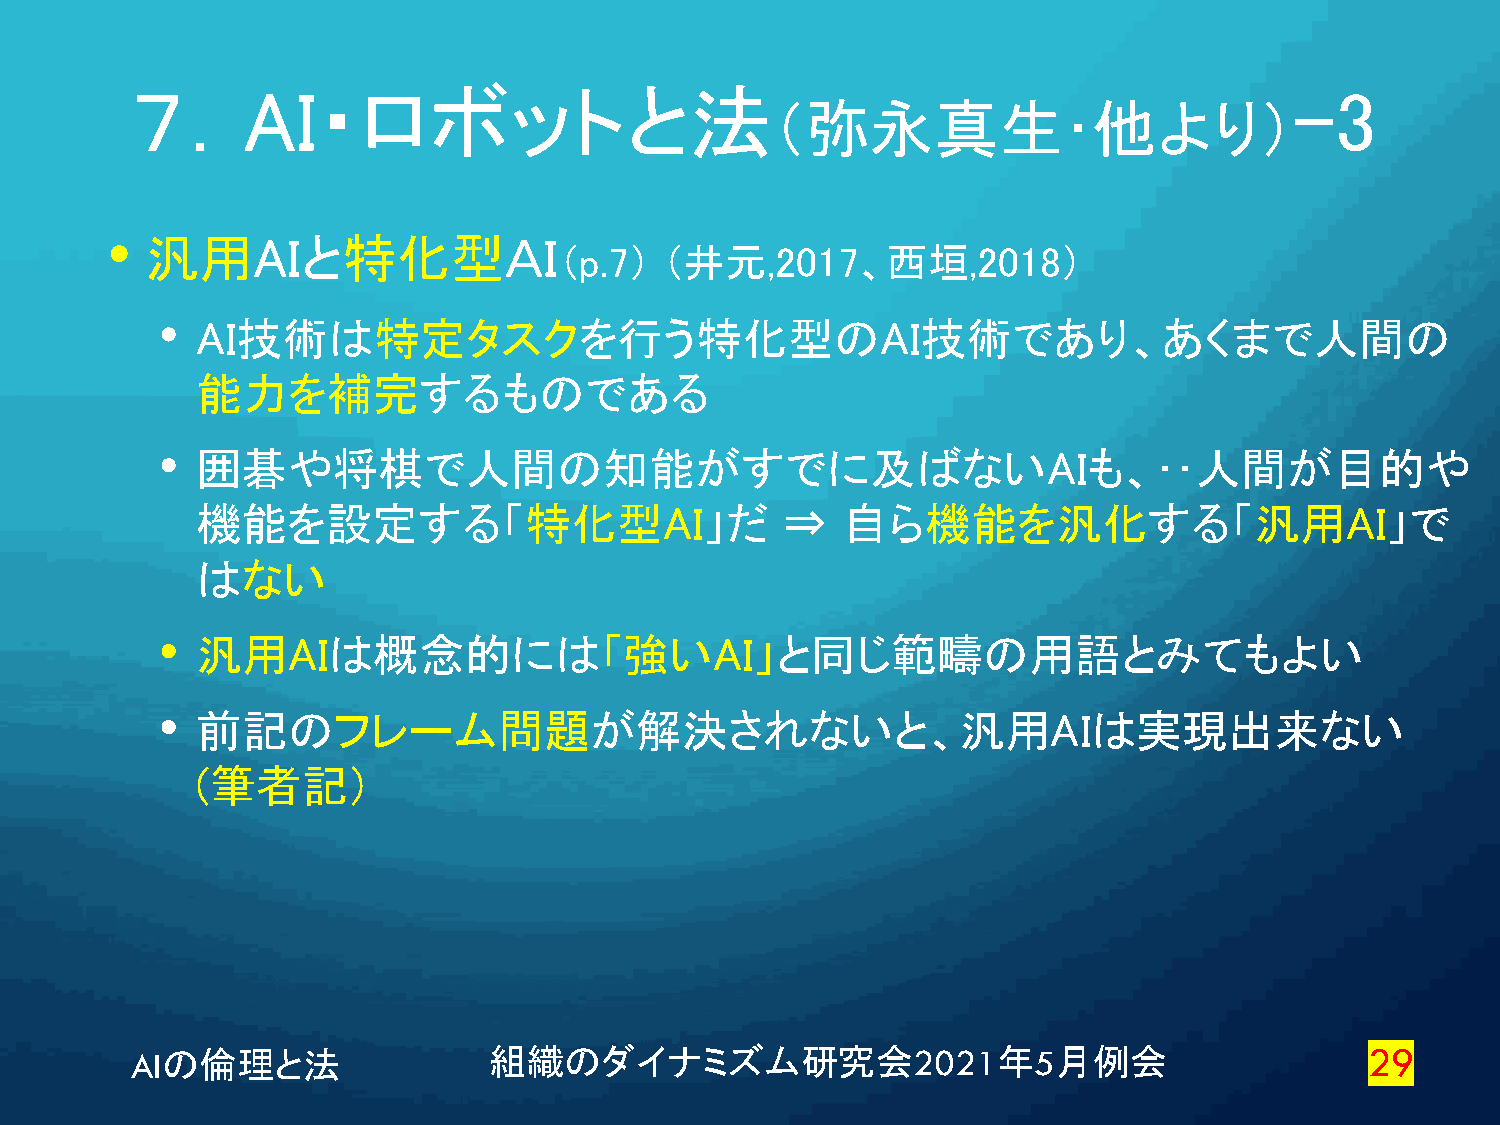
７．AI・ロボットと法                                                                  -3
 （弥永真生･他より）
 •
 汎用AIと特化型ＡＩ
 （p.7）  （井元,2017、西垣,2018）
 •  AI技術は特定タスクを行う特化型のAI技術であり、あくまで人間の
 能力を補完するものである
 •  囲碁や将棋で人間の知能がすでに及ばないAIも、･･人間が目的や
 機能を設定する「特化型AI」だ                        ⇒   自ら機能を汎化する「汎用AI」で
 はない
 •  汎用AIは概念的には「強いAI」と同じ範疇の用語とみてもよい
 •  前記のフレーム問題が解決されないと、汎用AIは実現出来ない
 (筆者記）
 AIの倫理と法                組織のダイナミズム研究会2021年5月例会                                      29